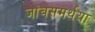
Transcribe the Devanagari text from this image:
जांबसमर्थया